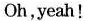
Oh,yeah!